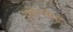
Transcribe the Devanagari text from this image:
कोन्सेप्ट